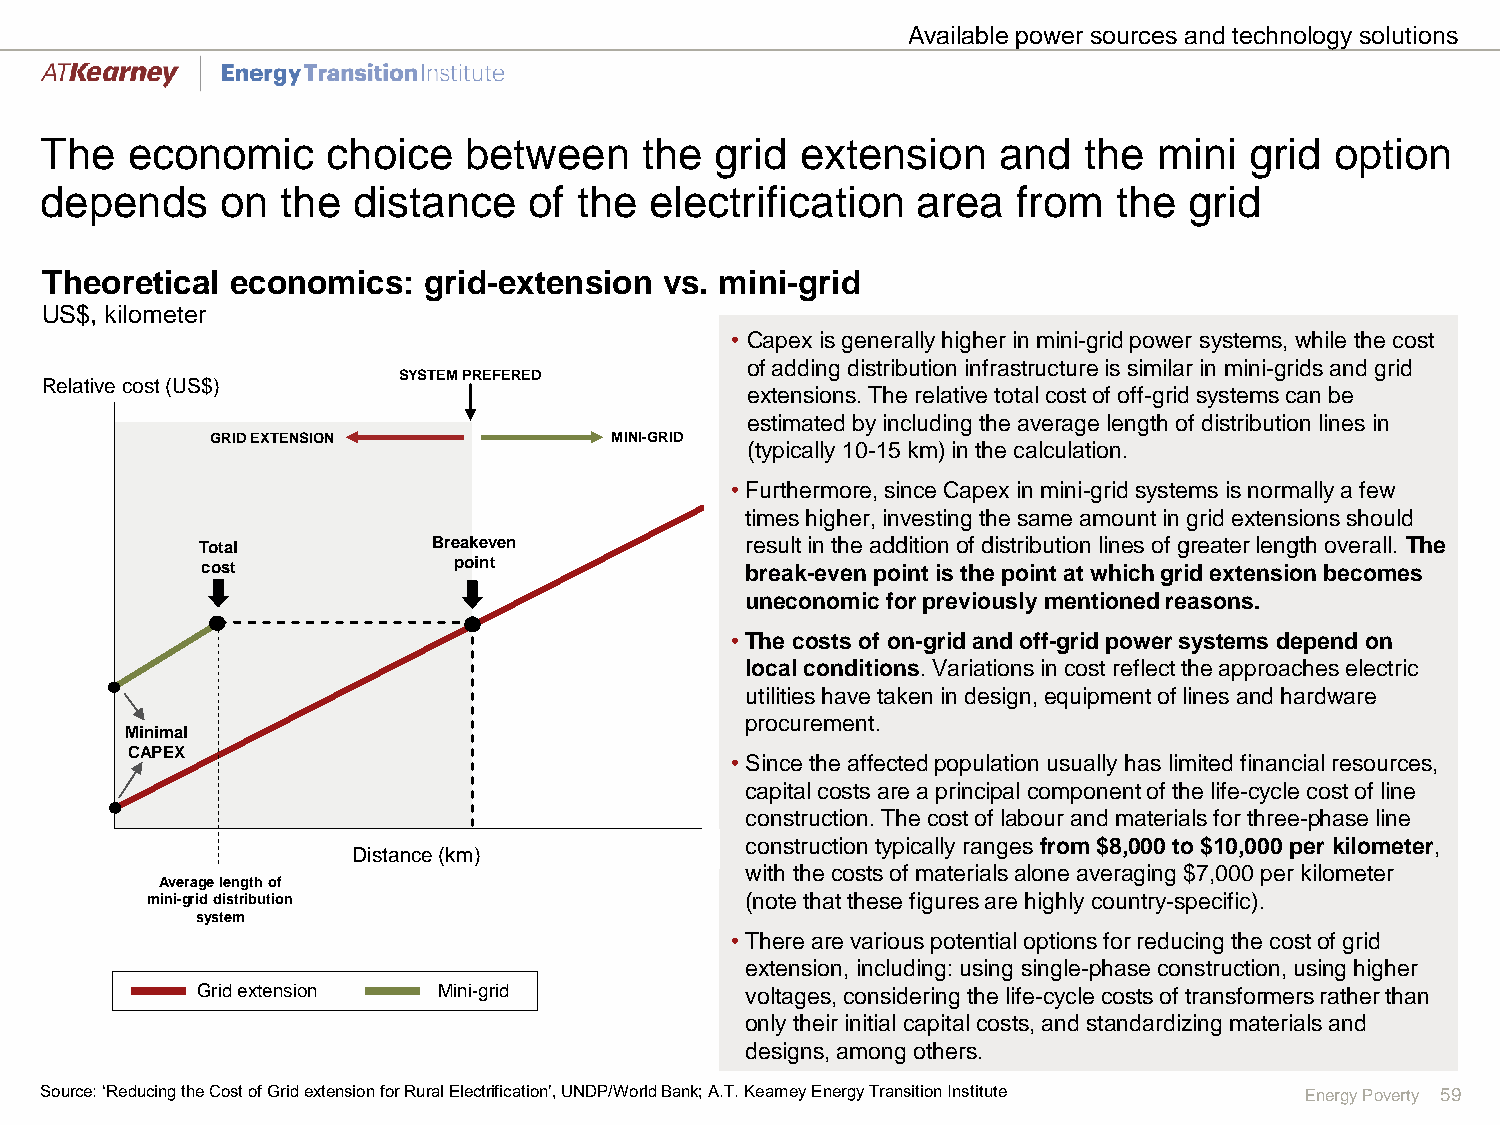
Available power sources and technology solutions
 The  economic      choice   between    the  grid  extension    and   the  mini  grid option
 depends     on  the distance    of the  electrification   area  from   the  grid
 Theoretical economics:   grid-extension  vs. mini-grid
 US$, kilometer
 • Capex is generally higher in mini-grid power systems, while the cost
 of adding distribution infrastructure is similar in mini-grids and grid
 SYSTEM PREFERED
 Relative cost (US$)
 extensions. The relative total cost of off-grid systems can be
 estimated by including the average length of distribution lines in
 GRID EXTENSION            MINI-GRID
 (typically 10-15 km) in the calculation.
 250000
 • Furthermore, since Capex in mini-grid systems is normally a few
 times higher, investing the same amount in grid extensions should
 200000     Total           Breakeven           result in the addition of distribution lines of greater length overall. The
 cost             point              break-even point is the point at which grid extension becomes
 uneconomic for previously mentioned reasons.
 150000
 • The costs of on-grid and off-grid power systems depend on
 local conditions. Variations in cost reflect the approaches electric
 100000
 utilities have taken in design, equipment of lines and hardware
 procurement.
 Minimal
 50000 CAPEX                                  • Since the affected population usually has limited financial resources,
 capital costs are a principal component of the life-cycle cost of line
 construction. The cost of labour and materials for three-phase line
 0
 construction typically ranges from $8,000 to $10,000 per kilometer,
 0 5 10 15 20 25 30 3D5is4ta0nc4e5 (k5m0)55 60 65 70 75 80 85
 with the costs of materials alone averaging $7,000 per kilometer
 Average length of
 mini-grid distribution                 (note that these figures are highly country-specific).
 system
 • There are various potential options for reducing the cost of grid
 extension, including: using single-phase construction, using higher
 Gridextension   Mini-grid           voltages, considering the life-cycle costs of transformers rather than
 only their initial capital costs, and standardizing materials and
 designs, among others.
 Source: ‘Reducing the Cost of Grid extension for Rural Electrification’, UNDP/World Bank; A.T. Kearney Energy Transition Institute Energy Poverty 59